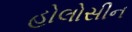
હોલોસીન